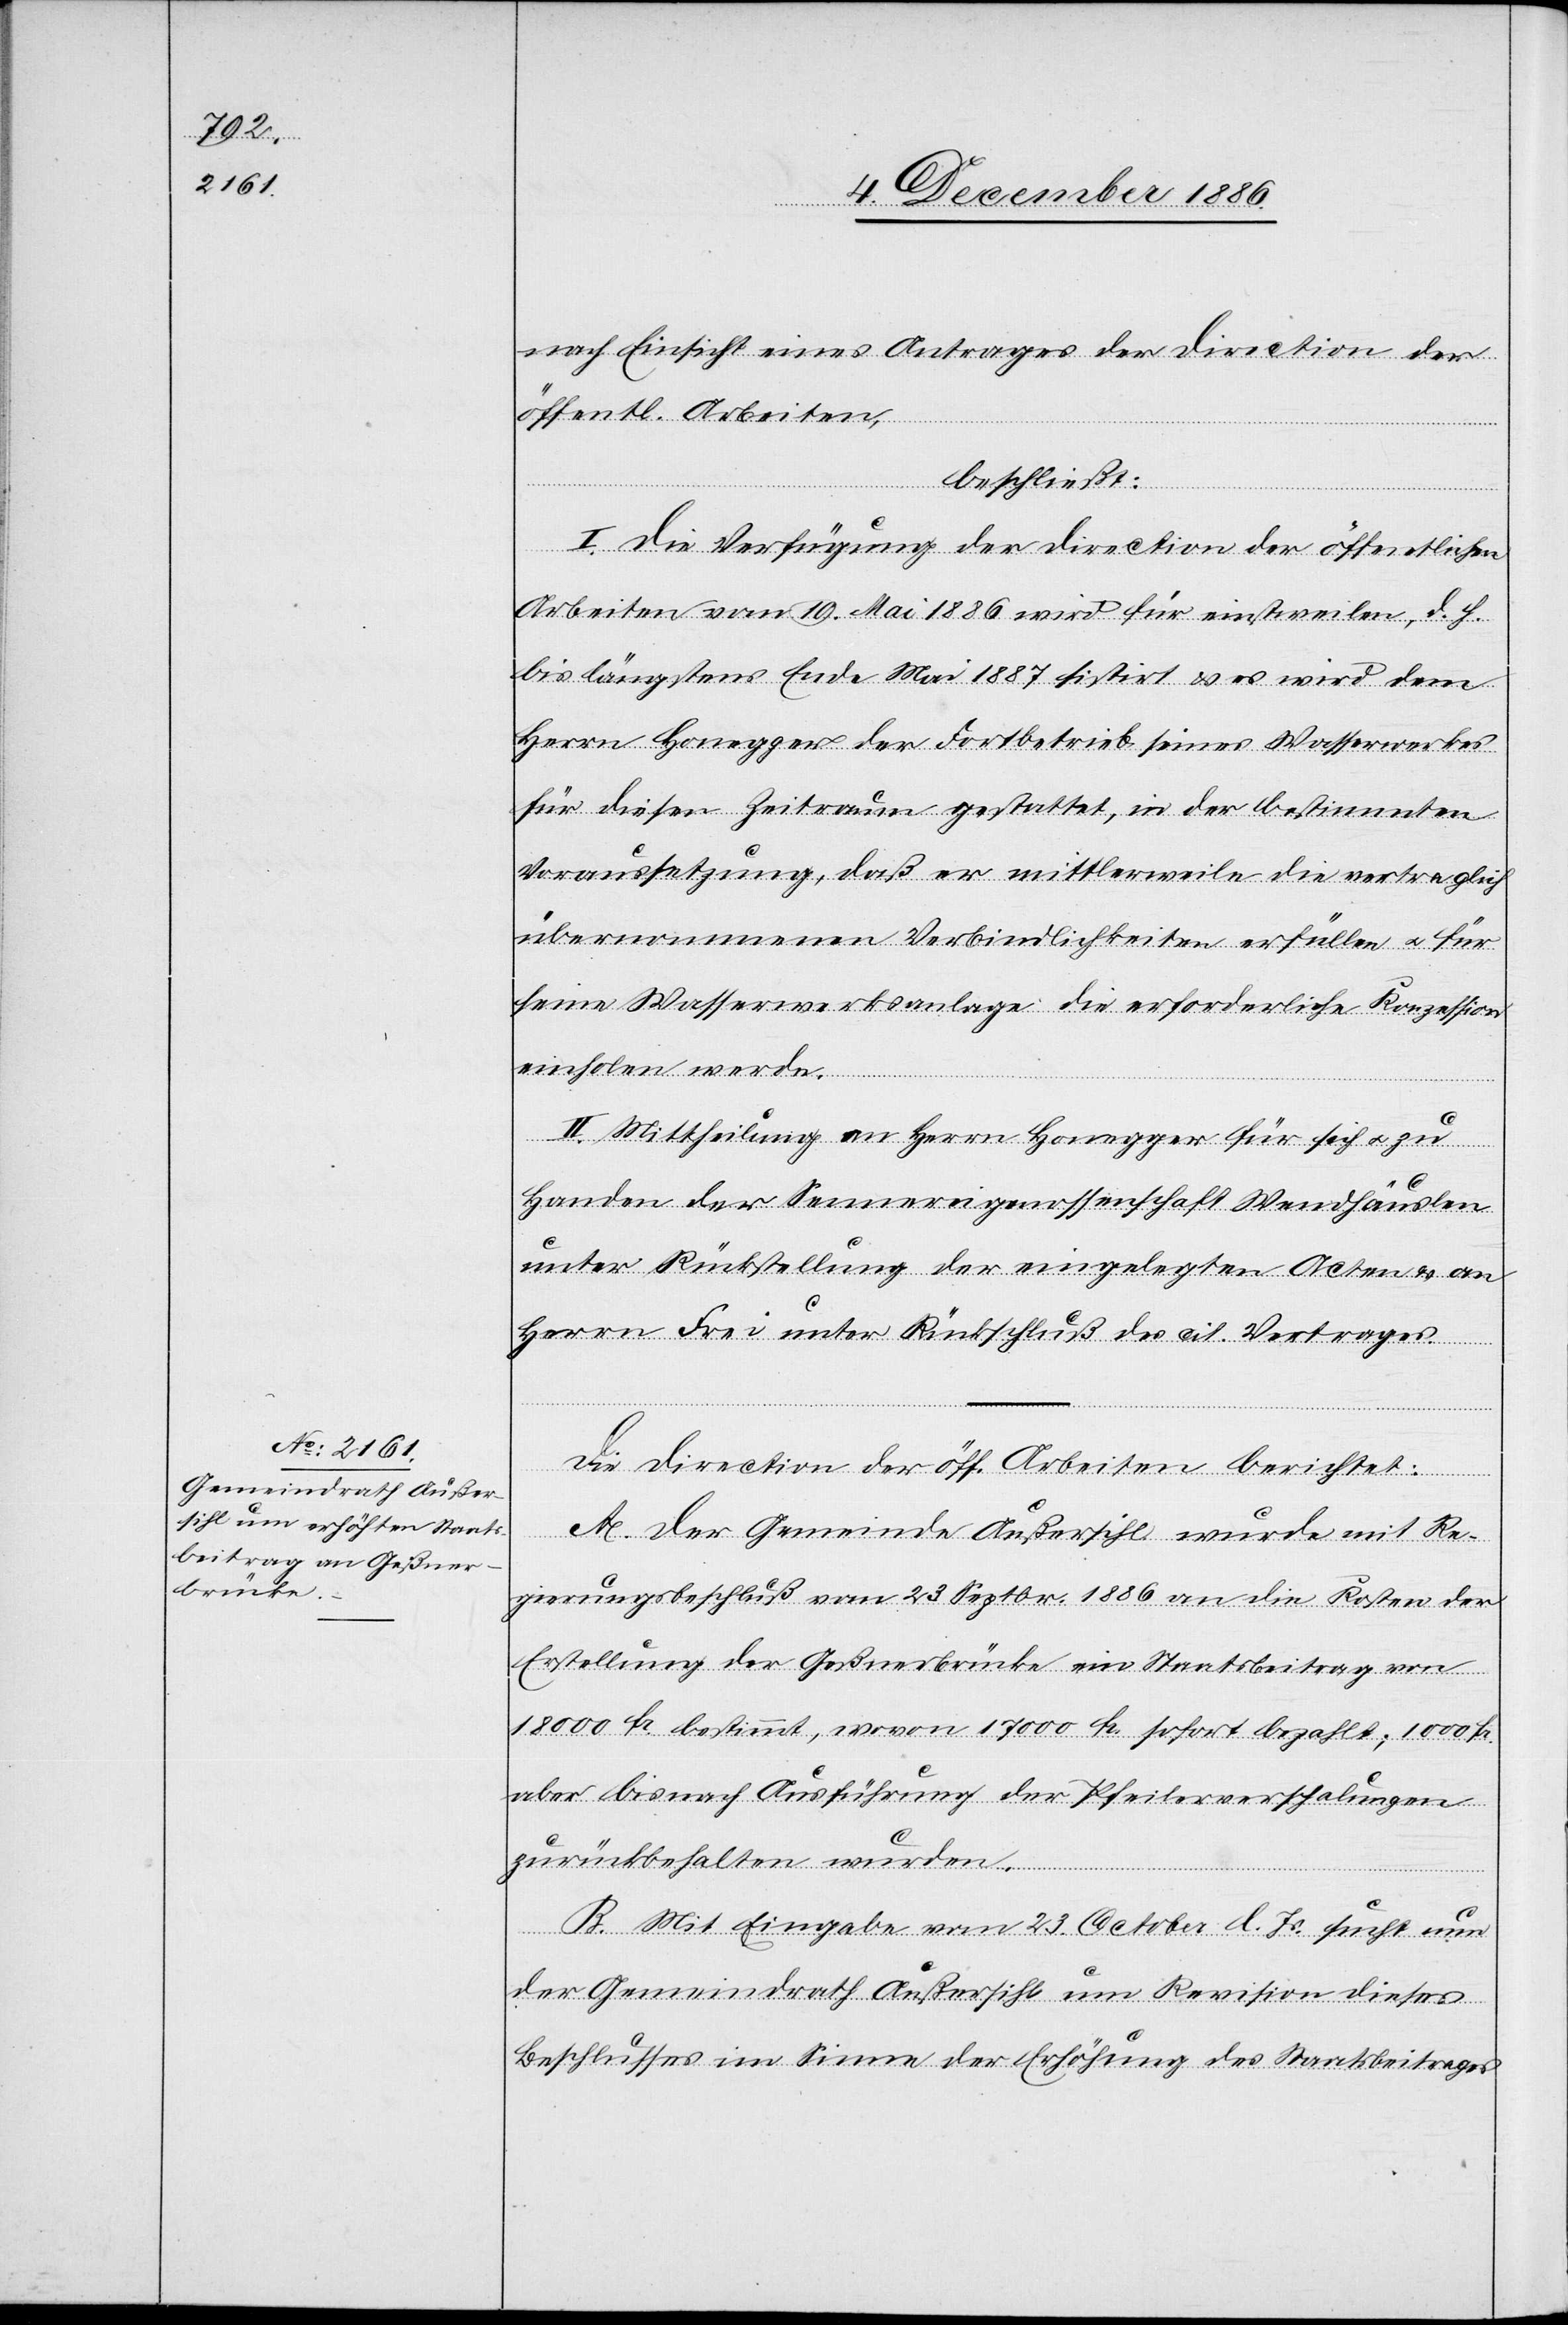
nach Einsicht eines Antrages der Direction der
öffentl. Arbeiten,
beschließt:
I. Die Verfügung der Direction der öffentlichen
Arbeiten vom 19. Mai 1886 wird für einstweilen, d. h.
bis längstens Ende Mai 1887 sistirt & es wird dem
Herrn Honegger der Fortbetrieb seines Wasserwerkes
für diesen Zeitraum gestattet, in der bestimmten
Voraussetzung, daß er mittlerweile die vertraglich
übernommenen Verbindlichkeiten erfüllen & für
seine Wasserwerksanlage die erforderliche Konzession
einholen werde.
II. Mittheilung an Herrn Honegger für sich & zu
Handen der Sennereigenossenschaft Wendhäuslen
unter Rückstellung der eingelegten Acten & an
Herrn Frei unter Rückschluß des cit. Vertrages.
Die Direction der öff. Arbeiten berichtet:
A. Der Gemeinde Außersihl wurde mit Re¬
gierungsbeschluß vom 23. Septbr. 1886 an die Kosten der
Erstellung der Geßnerbrücke ein Staatsbeitrag von
18 000 Fr. bestimmt, wovon 17 000 Fr. sofort bezahlt; 1000 Fr.
aber bis nach Ausführung der Pfeilerverschalungen
zurückbehalten wurden.
B. Mit Eingabe vom 23. October l. Js. sucht nun
der Gemeindrath Außersihl um Revision dieses
Beschlusses im Sinne der Erhöhung des Staatsbeitrages